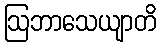
ဩဘာသေယျာတိ